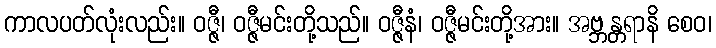
ကာလပတ်လုံးလည်း။ ဝဇ္ဇီ၊ ဝဇ္ဇီမင်းတို့သည်။ ဝဇ္ဇီနံ၊ ဝဇ္ဇီမင်းတို့အား။ အဗ္ဘန္တရာနိ စေဝ၊